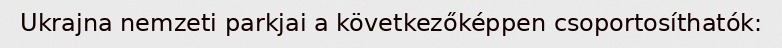
Ukrajna nemzeti parkjai a következőképpen csoportosíthatók: